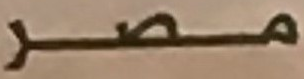
مصر